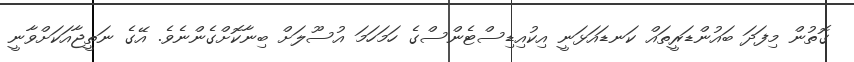
ގޮތުން މިފަދަ ބައުންޑަރީތައް ކަނޑައަޅަނީ އިކުއިޑިސްޓެންސްގެ ހަމަހަމަ އުސޫލަށް ބިނާކޮށްގެންނެވެ. އޭގެ ނަތީޖާއަކަށްވާނީ